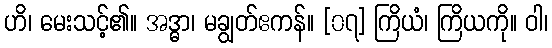
ဟိ၊ မေးသင့်၏။ အဒ္ဓာ၊ မချွတ်ဧကန်။ [၀၇] ကြိယံ၊ ကြိယကို။ ဝါ၊